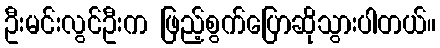
ဦးမင်းလွင်ဦးက ဖြည့်စွက်ပြောဆိုသွားပါတယ်။